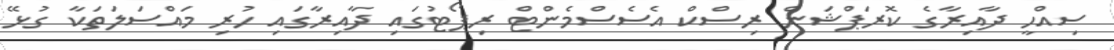
ސިއްހީ ދާއިރާގެ ކޮރަޕްޝަން ރިސްކް އެސެސްމެންޓް ރިޕޯޓުގައި ދާއިރާގައި ހުރި މައްސަލަތަކާ ގުޅޭ